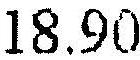
18.90